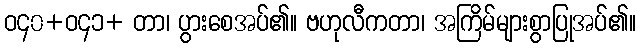
ဝ၄၀+ဝ၄၁+ တာ၊ ပွားစေအပ်၏။ ဗဟုလီကတာ၊ အကြိမ်များစွာပြုအပ်၏။